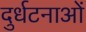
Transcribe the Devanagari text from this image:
दुर्धटनाओं